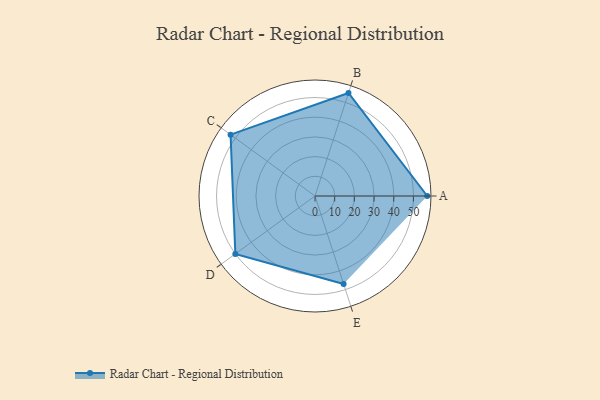
{"axis": {"x": "Skill", "y": "Score"}, "legend": ["Profile"], "data": [{"x": "A", "y": 57.0, "type": "Profile"}, {"x": "B", "y": 55.0, "type": "Profile"}, {"x": "C", "y": 53.0, "type": "Profile"}, {"x": "D", "y": 50.0, "type": "Profile"}, {"x": "E", "y": 47.0, "type": "Profile"}]}